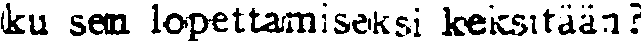
ku sen lopettamiseksi keksitään?